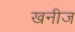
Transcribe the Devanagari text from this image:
खनीज